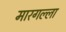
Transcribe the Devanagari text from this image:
मारगल्ला